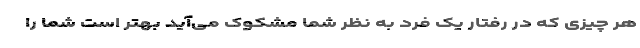
هر چیزی که در رفتار یک فرد به نظر شما مشکوک می‌آید بهتر است شما را